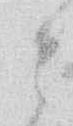
と